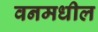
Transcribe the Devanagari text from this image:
वनमधील